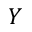
Y